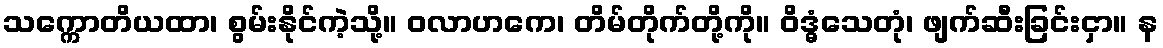
သက္ကောတိယထာ၊ စွမ်းနိုင်ကဲ့သို့။ ဝလာဟကေ၊ တိမ်တိုက်တို့ကို။ ဝိဒ္ဓံသေတုံ၊ ဖျက်ဆီးခြင်းငှာ။ န